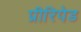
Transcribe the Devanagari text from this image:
प्रीरिपेड